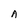
Character: A